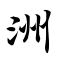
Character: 洲